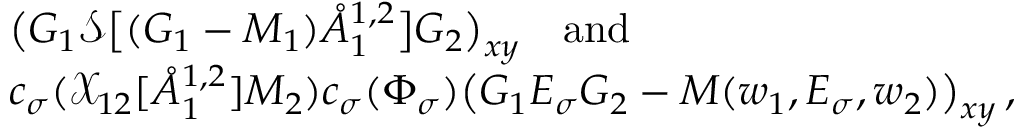
\begin{array} { r l } & { \big ( G _ { 1 } \mathcal { S } \big [ ( G _ { 1 } - M _ { 1 } ) \mathring { A } _ { 1 } ^ { { 1 , 2 } } \big ] G _ { 2 } \big ) _ { \boldsymbol { x } \boldsymbol { y } } \quad \mathrm { a n d } } \\ & { c _ { \sigma } ( \mathcal { X } _ { 1 2 } [ \mathring { A } _ { 1 } ^ { { 1 , 2 } } ] M _ { 2 } ) c _ { \sigma } ( \Phi _ { \sigma } ) \big ( G _ { 1 } E _ { \sigma } G _ { 2 } - M ( w _ { 1 } , E _ { \sigma } , w _ { 2 } ) \big ) _ { \boldsymbol { x } \boldsymbol { y } } \, , } \end{array}